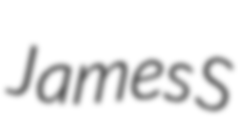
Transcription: James S